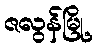
ဇလွန်မြို့